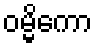
ဝမ္မိကော